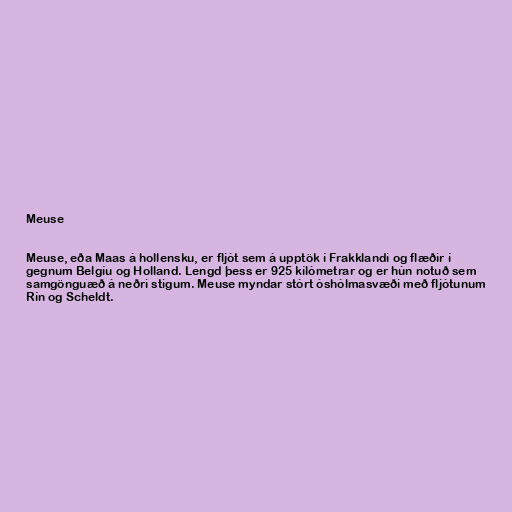
Meuse

Meuse, eða Maas á hollensku, er fljót sem á upptök í Frakklandi og flæðir í
gegnum Belgíu og Holland. Lengd þess er 925 kílómetrar og er hún notuð sem
samgönguæð á neðri stigum. Meuse myndar stórt óshólmasvæði með fljótunum
Rín og Scheldt.